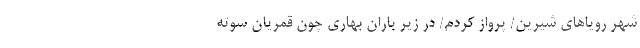
شهر رویاهای شیرین/ پرواز کردم/ در زیر باران بهاری چون قمریان سوته